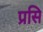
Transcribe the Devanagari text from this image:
प्रसि